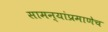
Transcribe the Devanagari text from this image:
सामन्यांप्रमाणेच